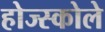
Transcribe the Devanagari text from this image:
होज्स्कोले